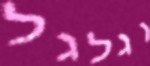
וגלגל